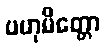
ဗဟုမိတ္တော